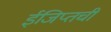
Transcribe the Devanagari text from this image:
ईजिप्तची